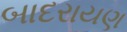
બાદરાયણ